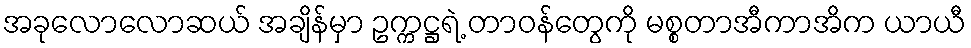
အခုလောလောဆယ် အချိန်မှာ ဥက္ကဋ္ဌရဲ့ တာဝန်တွေကို မစ္စတာအီကာအိက ယာယီ